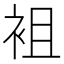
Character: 袓